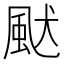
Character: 𩖮